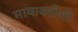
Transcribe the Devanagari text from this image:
मायावतीची